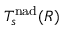
T _ { s } ^ { \mathrm { n a d } } ( R )